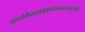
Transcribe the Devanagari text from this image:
इहलोकेसुखंभुक्त्वाचान्तंसत्यपुरंययौ